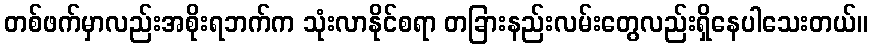
တစ်ဖက်မှာလည်းအစိုးရဘက်က သုံးလာနိုင်စရာ တခြားနည်းလမ်းတွေလည်းရှိနေပါသေးတယ်။